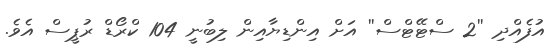
އުފެއްދި ''2 ސްޓޭޓްސް'' އަށް އިންޑިޔާއިން ލިބުނީ 104 ކްރޯޑް ރުޕީސް އެވެ.